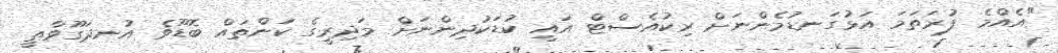
"އެއްމެ ފުރަތަމަ އަޅުގަނޑުމެންނަށް ރިކުއެސްޓް އައީ ކުޑަކުދިންނަށް މަދިރީގެ ކަންތައް ބޮޑޫވެ އުނދަގޫވާތީ